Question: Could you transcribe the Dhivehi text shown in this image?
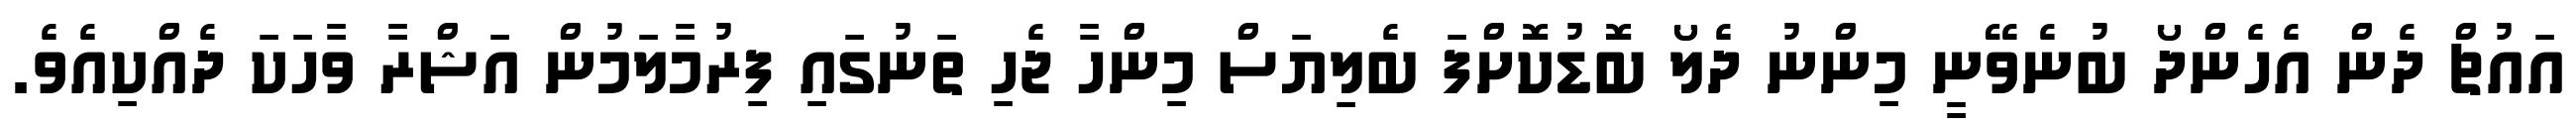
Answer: އައުޗް ދެން އެހެންދޯ ބުނެވޭނީ މިންނު ދެލޯ ބޮޑުކޮށްފަ ބެލިޔަސް މިންހާ ޖެހި ތަނުގައި ފިރުމާލަމުން އަޝްރާ ވާހަކަ ދެއްކިއެވެ.